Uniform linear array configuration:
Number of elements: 48
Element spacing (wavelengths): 0.25
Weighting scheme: kaiser
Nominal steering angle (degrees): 30
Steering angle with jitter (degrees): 31.184
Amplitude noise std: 0.05
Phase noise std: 0.05

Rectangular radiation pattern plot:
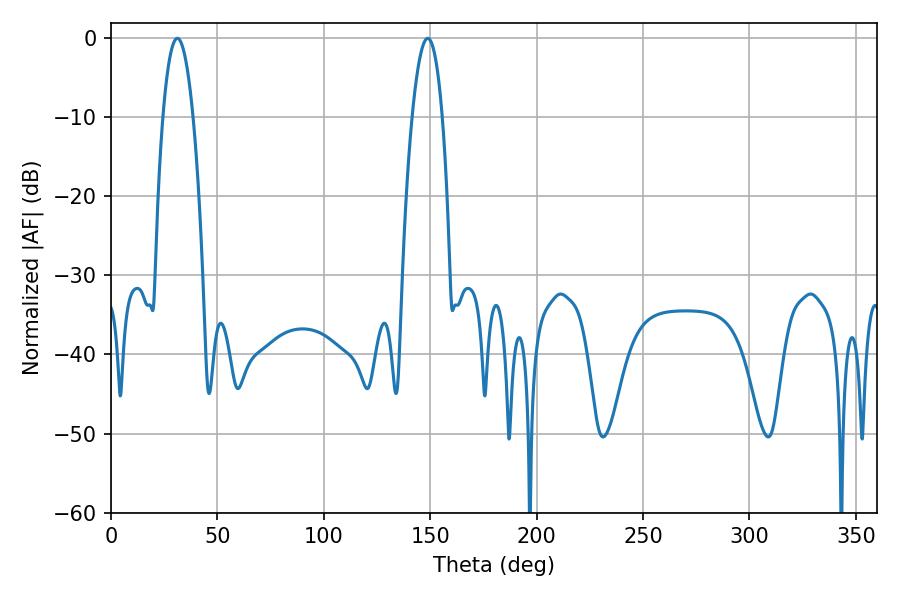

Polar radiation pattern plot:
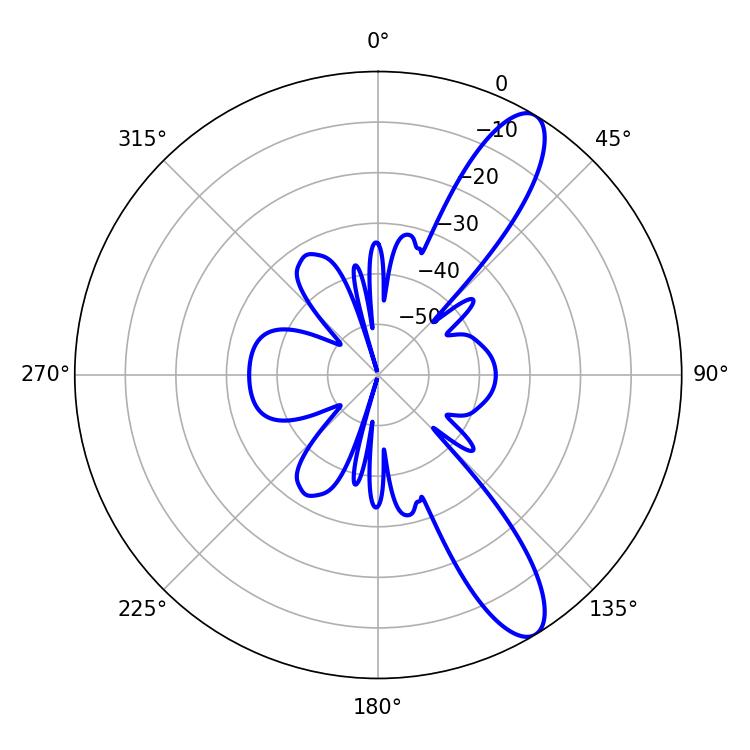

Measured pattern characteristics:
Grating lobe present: FALSE
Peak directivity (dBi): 11.183
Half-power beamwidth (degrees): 7.74
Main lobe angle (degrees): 31.14